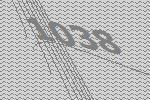
1038